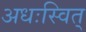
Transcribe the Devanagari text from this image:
अधःस्वित्